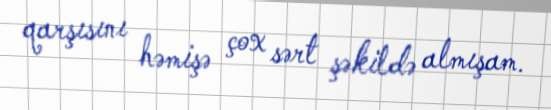
qarşısını həmişə çox sərt şəkildə almışam.